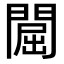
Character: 𨵡